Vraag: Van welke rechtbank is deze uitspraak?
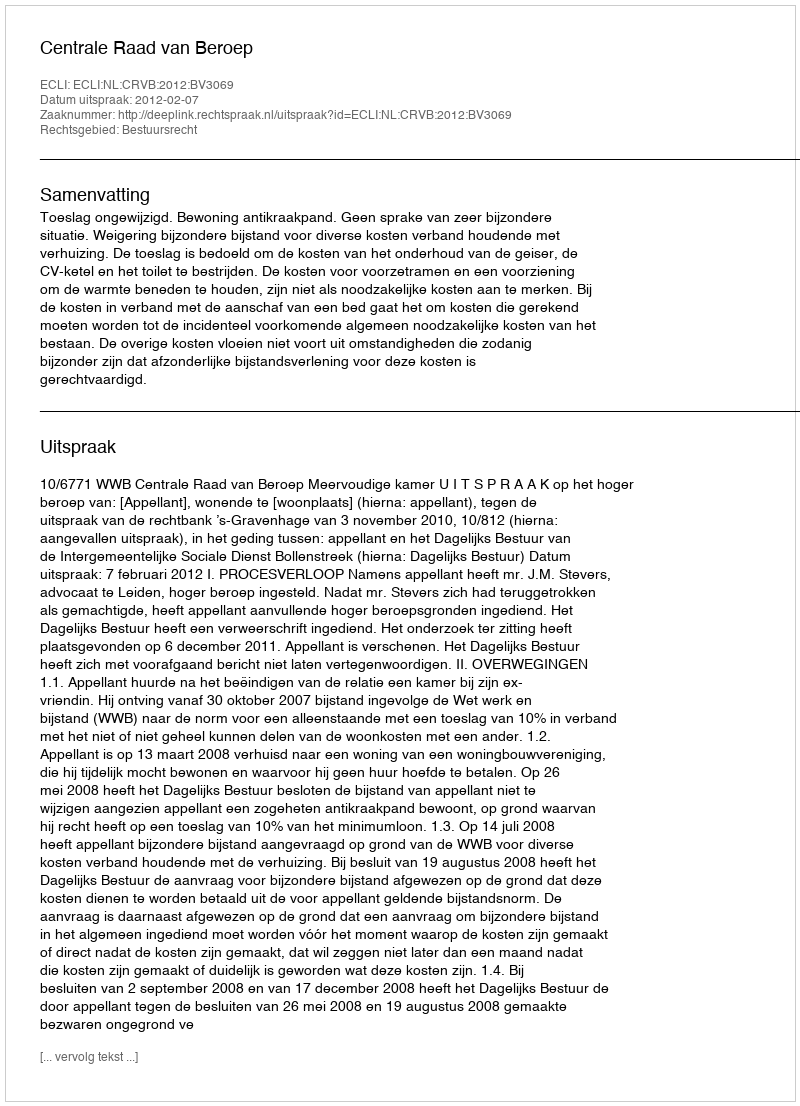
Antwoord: Centrale Raad van Beroep